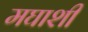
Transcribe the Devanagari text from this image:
मघाशी